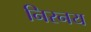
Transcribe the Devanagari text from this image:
निरनय